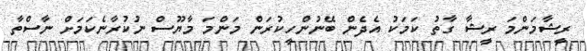
ރީޝާމަންމަ ރީޝާ ގާތު ކަމަކު އެދެން ބޭނުންހީކުރަން މަންމަ މާޔޫސް ނުކުރާނެކަމަށް ނާސްތާ